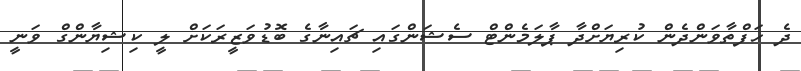
ދެ ހަފްތާވަންދެން ކުރިޔަށްދާ ޕާލަމެންޓް ސެޝަންގައި ޗައިނާގެ ބޮޑުވަޒީރަކަށް ލީ ކިޝިޔާންގް ވަނީ